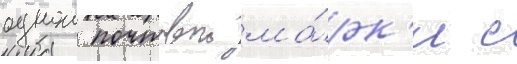
однои почтовои ма́рк'и с